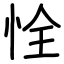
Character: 恮